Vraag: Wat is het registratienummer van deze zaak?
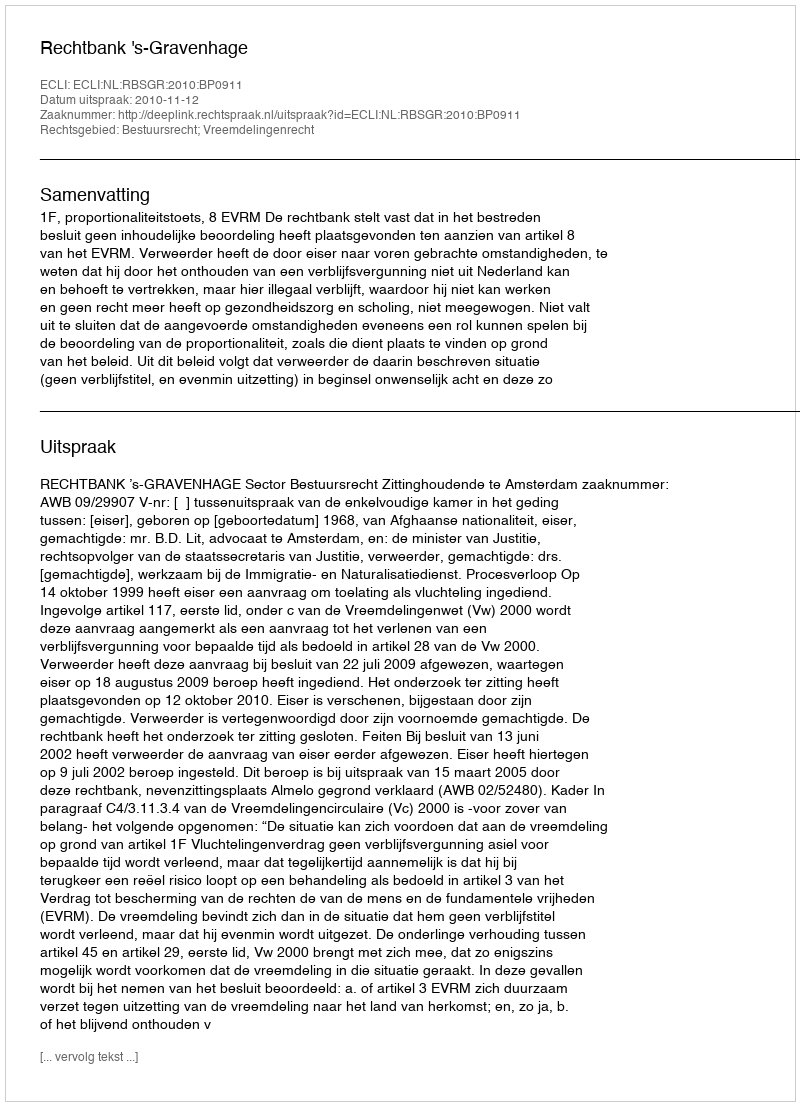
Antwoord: http://deeplink.rechtspraak.nl/uitspraak?id=ECLI:NL:RBSGR:2010:BP0911